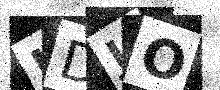
Text: IDJO